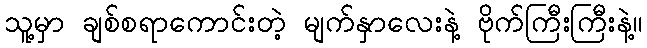
သူ့မှာ ချစ်စရာကောင်းတဲ့ မျက်နှာလေးနဲ့ ဗိုက်ကြီးကြီးနဲ့။